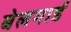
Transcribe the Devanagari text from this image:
बेलगार्ड